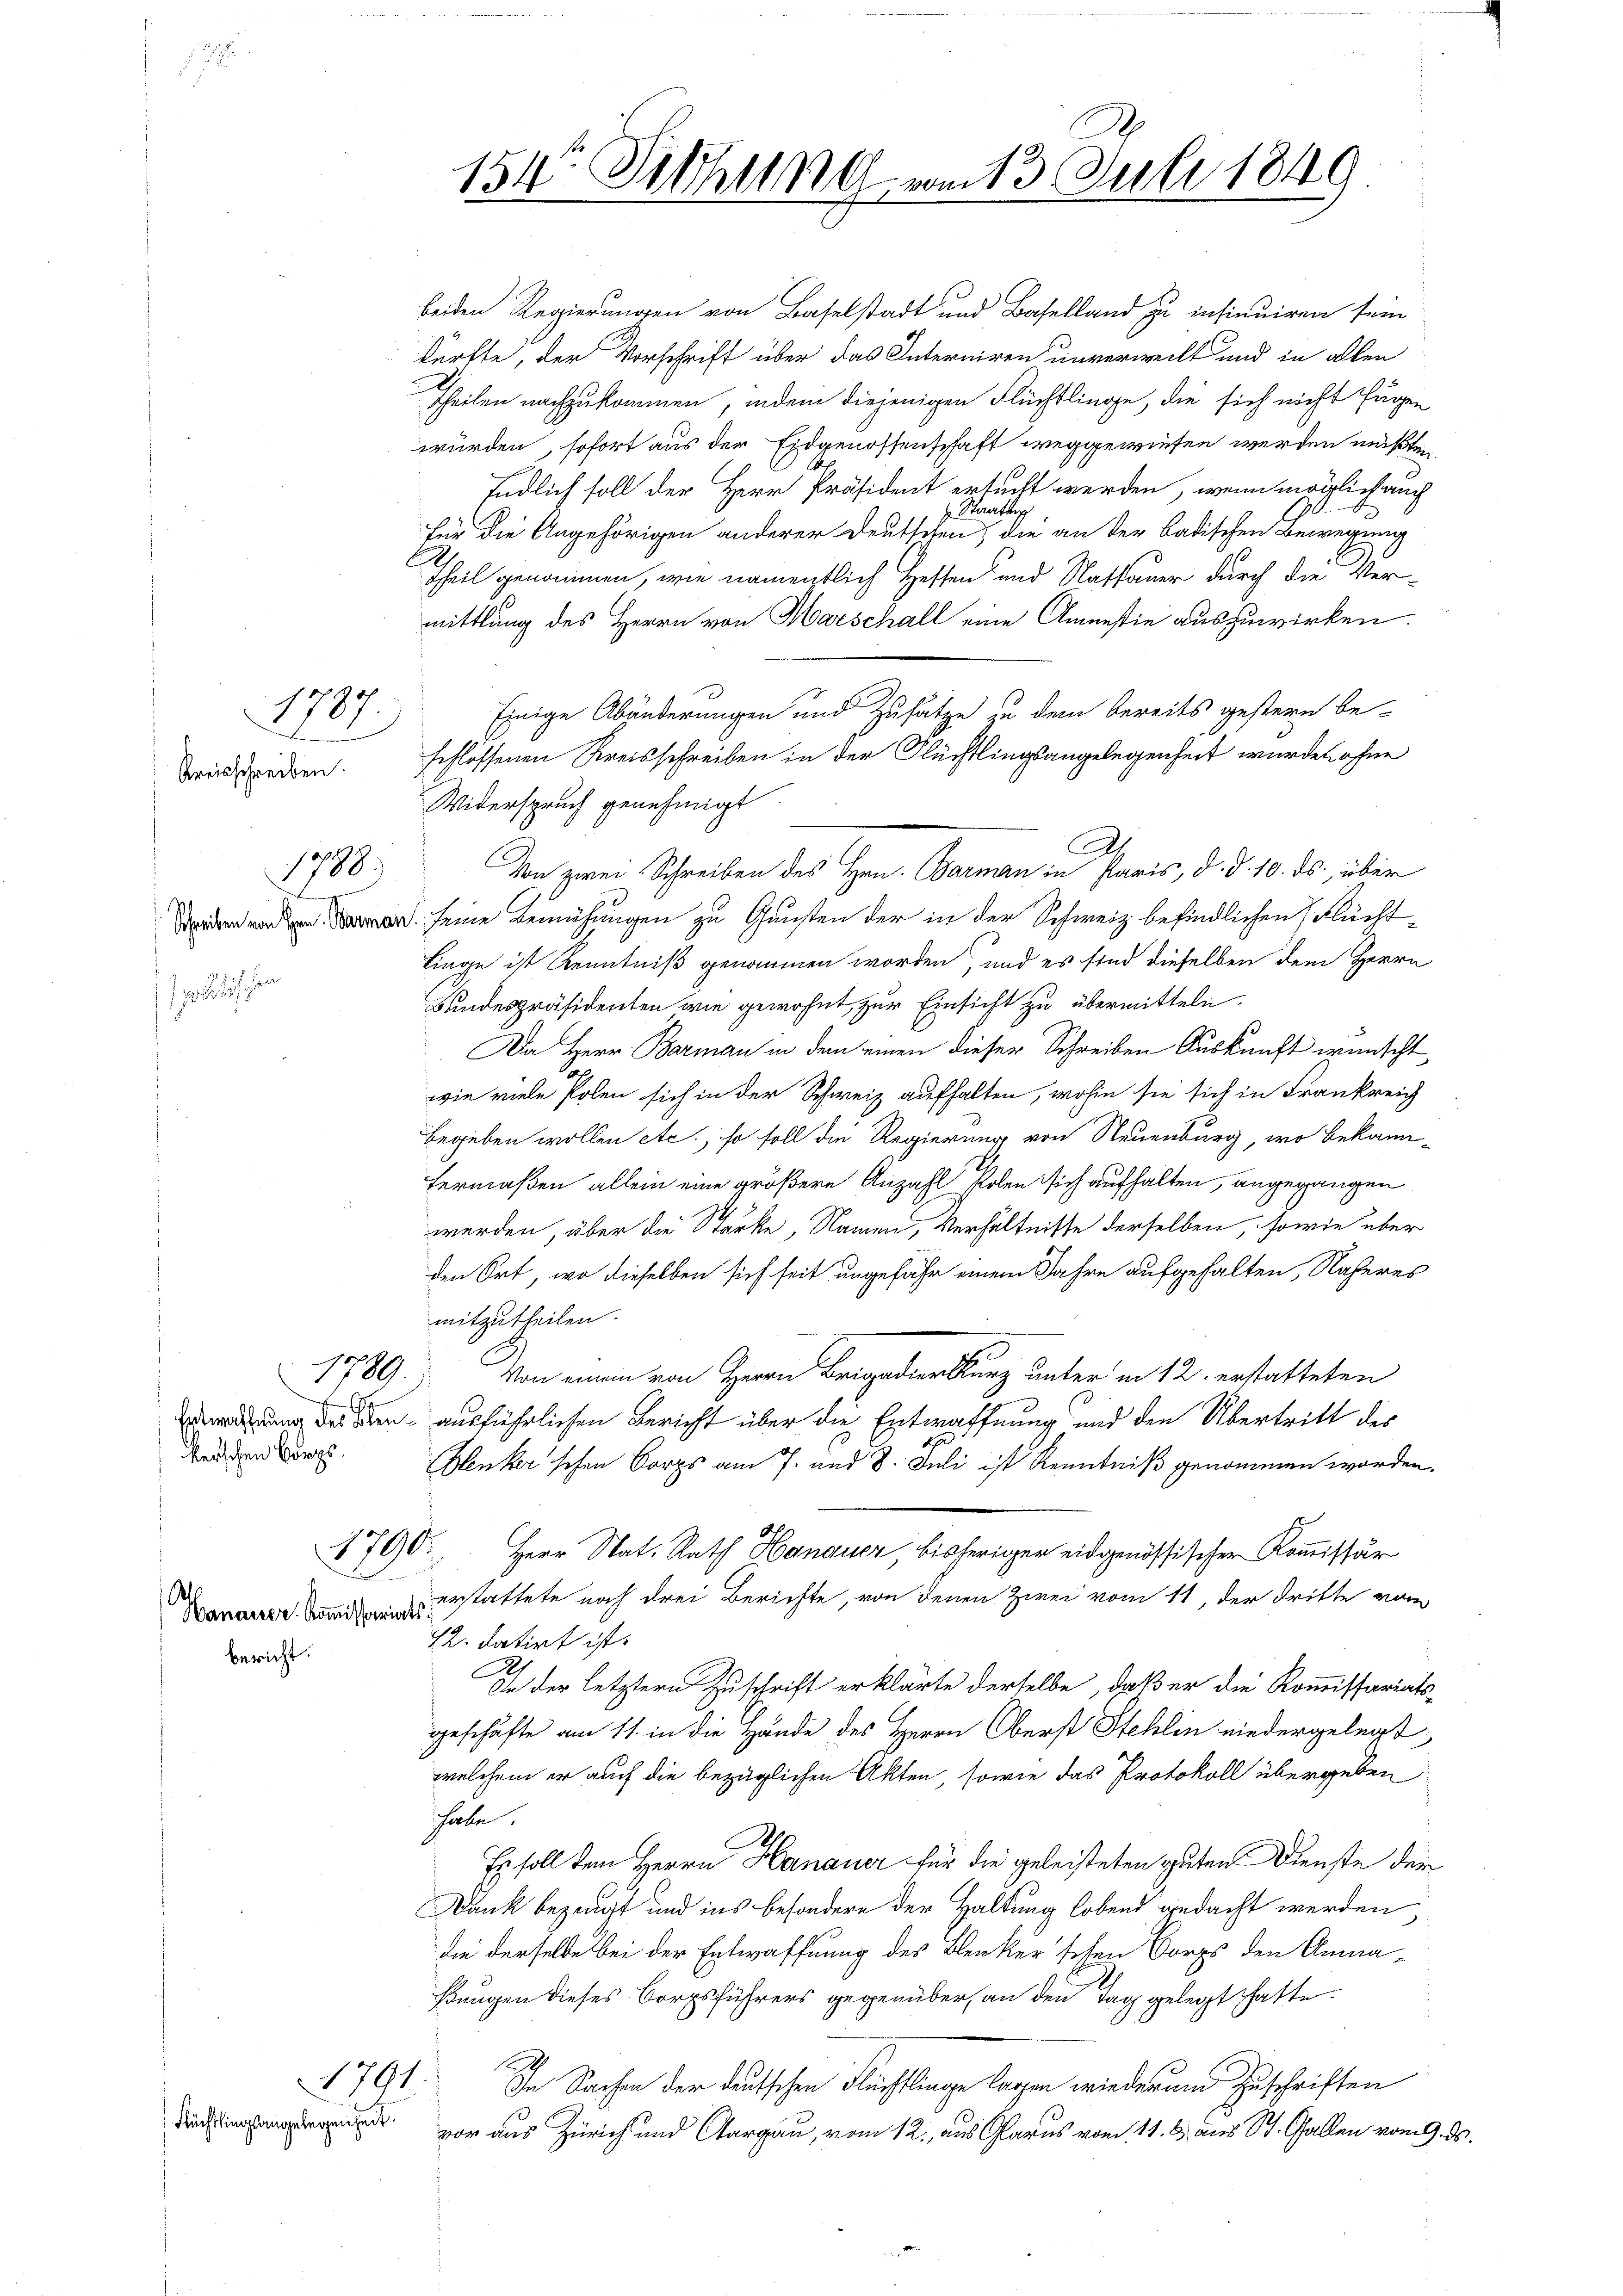
Kreisschreiben.

f 0 x
177

s
kerischen Borgs¬
.

1707.

1788.

Theilen nachzukommen, indem diejenigen Flüchtlinge, die sich nicht fügen
würden, sofort aus der Eidgenossenschaft weggewiesen werden müßten,
Endlich soll der Herr Präsident ersucht werden, wenn möglich auch
 Staatsar
für die Angehörigen anderer Deutschen, die an der badischen Bewegung
Theil genommen, wie namentlich Hessen und Rathauer durch die Vermittlung des Herrn von Marschall eine Amnestie auszuwirken.
Einige Abänderungen und Zusätze zu dem bereits gestern be-
schlossenen Kreisschreiben in der Flüchtlingsangelegenheit wurden ohne
Widerspruch genehmigt
. seine Bemühungen zu Gunsten der in der Schweiz befindlichen Flüchtlinge ist Kenntniß genommen worden, und es sind dieselben dem Herrn
Kindespräsidenten wie gewohnt, zur Einsicht zu übermitteln.
Da Herr Barman in dem einen dieser Schreiben Auskunft wünscht,
wie viele Polen sich in der Schweiz aufhalten, wohin sie sich in Frankreich
begeben wollen etc., so soll die Regierung von Neuenburg, wo bekannfermaßen allein eine größere Anzahl Polen sich aufhalten, angegangen
werden, über die Stärke, Namen, Verhältnisse derselben, sowie über
den Ort, wo dieselben sich seit ungefähr einem Jahre aufgehalten, Näheres
mitzutheilen.
Von einem von Herrn Brigadier kurz unter in 12. erstatteten
eilung des oben ausführlichen Bericht über die Entwaffnung und den Übertritt des
Benker'schen Corps am 7. und 8. Juli ist Kenntniß genommen worden.
Herr Stat. Rath Hanauer, bisheriger eidgenössischer Kommissär
erstattete noch drei Berichte, von denen Zwei vom 11, der dritte vom
12. datirt ist.
2
In der letztern Zuschrift erklärte derselbe, daß er die Kommissariats-
geschäfte am 11. in die Hände des Herrn Oberst Stehlin niedergelegt
welchem er auch die bezüglichen Akten, sowie das Protokoll übergeben
habe.
Es soll dem Herrn Hanauer für die geleisteten guten Dienste der
Dank bezeugt und ins besondere der Haltung lobend gedacht werden
die derselbe bei der Entwaffnung des Bleiker'schen Corps den Anmasungen dieses Borgsführers gegenüber, an den Tag gelegt hatte.
In Sachen der deutschen Flüchtlinge lagen wieder und Zuschriften
vor aus Zürich und Aargau, vom 12. aus Glarus vom 11. 5) aus St. Gallen vom 9.

1789.

Hanaurer Kommissariats
bericht.

beiden Regierungen von Baselstadt und Baselland zu insinuiren sein
dürfte, der Vorschrift über das Interniren unverweilt und in allen

1790

Füchsthingangelegenheit.

1791

154 Sethung vom 13. Juli 1849

Von zwei Schreiben des Hrn. Barman in Paris, d. d. 10. ds., über

A

2